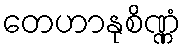
တေဟာနုစိဏ္ဏံ